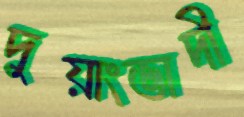
দুয়াংভাদী